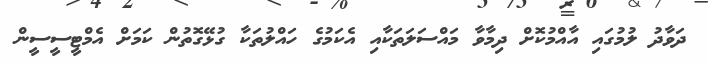
ދަވާދު ލުމުގައި އާއްމުކޮށް ދިމާވާ މައްސަލަތަކާއި އެކަމުގެ ހައްލުތަކާ ގުޅޭގޮތުން ކަމަށް އެމްޓީސީސީން